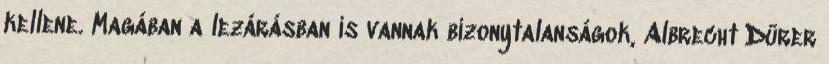
kellene. Magában a lezárásban is vannak bizonytalanságok, Albrecht Dürer